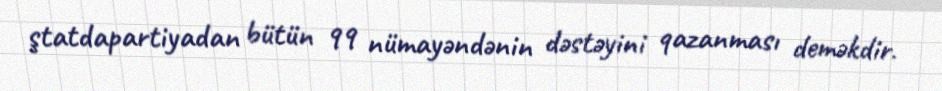
ştatdapartiyadan bütün 99 nümayəndənin dəstəyini qazanması deməkdir.